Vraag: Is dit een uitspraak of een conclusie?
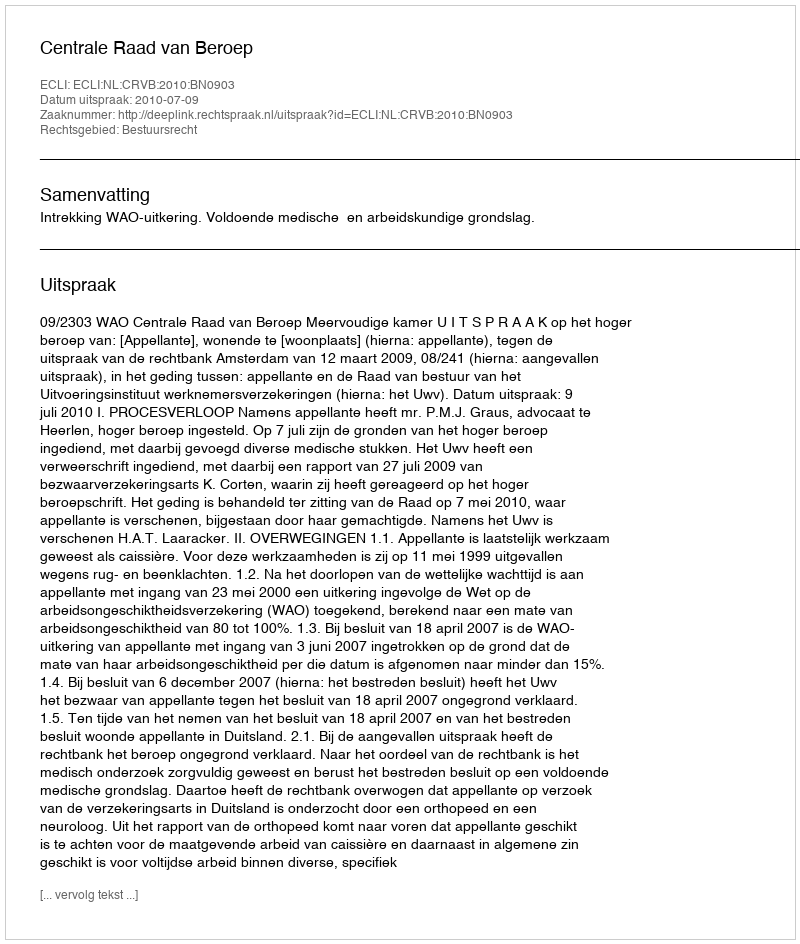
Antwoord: Uitspraak